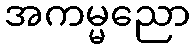
အကမ္မညော